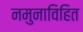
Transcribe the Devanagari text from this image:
नमुनाविहित